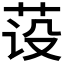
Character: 𰰺